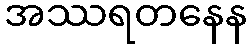
အဿရတနေန